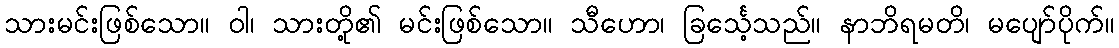
သားမင်းဖြစ်သော။ ဝါ၊ သားတို့၏ မင်းဖြစ်သော။ သီဟော၊ ခြင်္သေ့သည်။ နာဘိရမတိ၊ မပျော်ပိုက်။